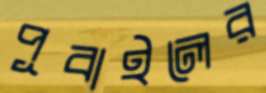
পূবাইলের